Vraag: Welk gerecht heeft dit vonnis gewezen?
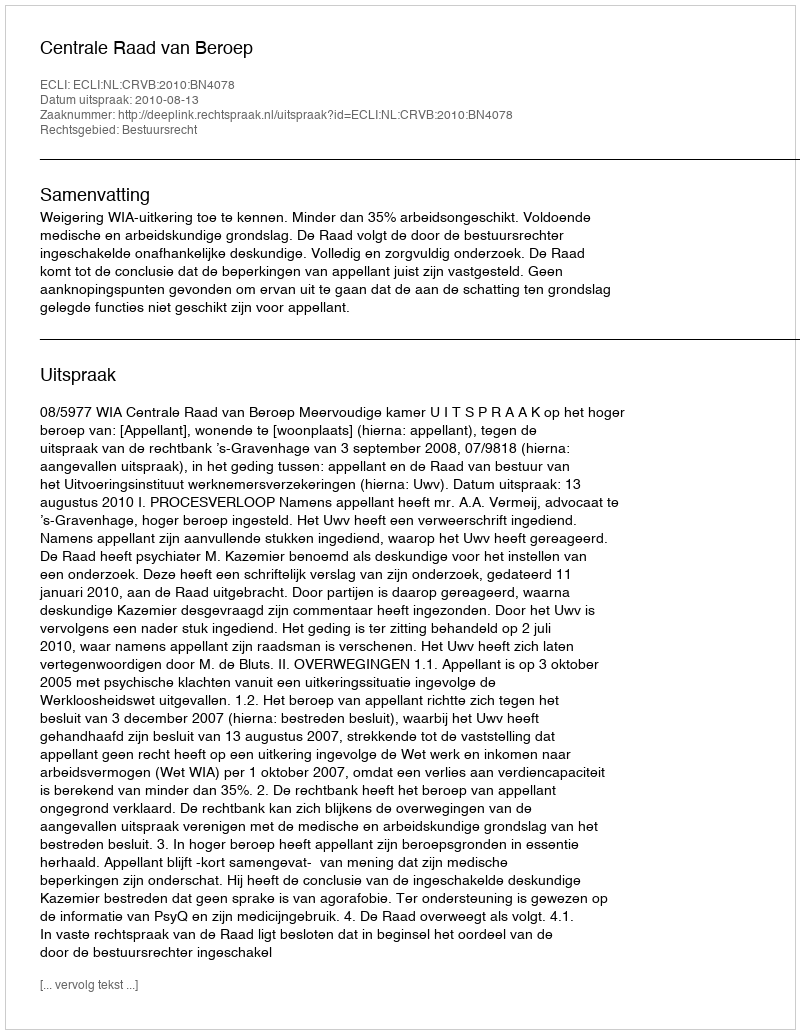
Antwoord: Centrale Raad van Beroep